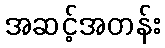
အဆင့်အတန်း